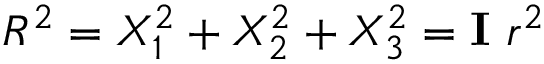
R ^ { 2 } = X _ { 1 } ^ { 2 } + X _ { 2 } ^ { 2 } + X _ { 3 } ^ { 2 } = \mathbf { I } ~ r ^ { 2 }